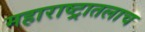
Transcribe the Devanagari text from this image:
महाराष्ट्रातलाच